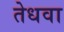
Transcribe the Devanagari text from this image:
तेधवा